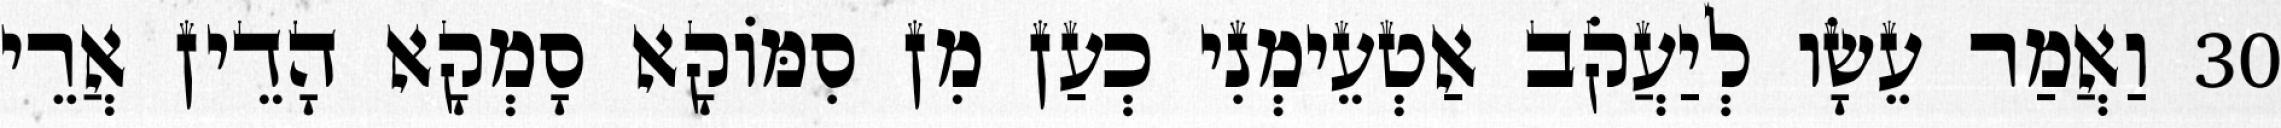
30 וַאֲמַר עֵשָׂו לְיַעֲקֹב אַטְעֵימְנִי כְעַן מִן סִמּוֹקָא סָמְקָא הָדֵין אֲרֵי